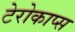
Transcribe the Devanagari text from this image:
टेरोकाप्स